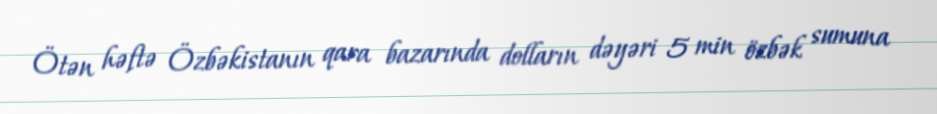
Ötən həftə Özbəkistanın qara bazarında dolların dəyəri 5 min özbək sumuna